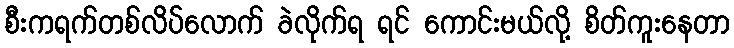
စီးကရက်တစ်လိပ်လောက် ခဲလိုက်ရ ရင် ကောင်းမယ်လို့ စိတ်ကူးနေတာ